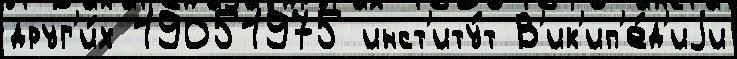
друг'и́х 19051975 инст'иту́т В'ик'ип'е́д'иjи